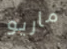
ماريو